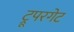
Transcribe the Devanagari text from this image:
ट्रूपरगेट